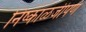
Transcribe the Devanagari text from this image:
निष्काळजीपणे